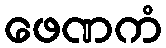
ဖေဏကံ